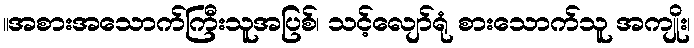
။အစားအသောက်ကြီးသူအပြစ်၊ သင့်လျော်ရုံ စားသောက်သူ အကျိုး၊